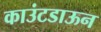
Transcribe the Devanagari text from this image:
काउंटडाऊन